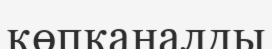
көпканалды